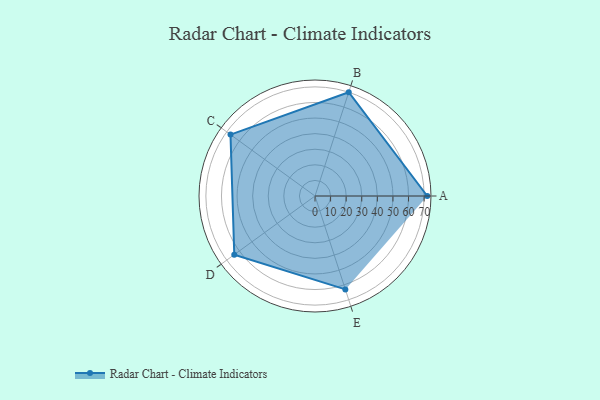
{"axis": {"x": "Skill", "y": "Score"}, "legend": ["Profile"], "data": [{"x": "A", "y": 72.0, "type": "Profile"}, {"x": "B", "y": 70.0, "type": "Profile"}, {"x": "C", "y": 67.0, "type": "Profile"}, {"x": "D", "y": 64.0, "type": "Profile"}, {"x": "E", "y": 63.0, "type": "Profile"}]}